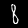
Digit: 8